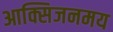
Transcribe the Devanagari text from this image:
आक्सिजनमय